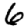
Digit: 6